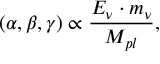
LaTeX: ( \alpha , \beta , \gamma ) \propto { \frac { E _ { \nu } \cdot m _ { \nu } } { M _ { p l } } } ,